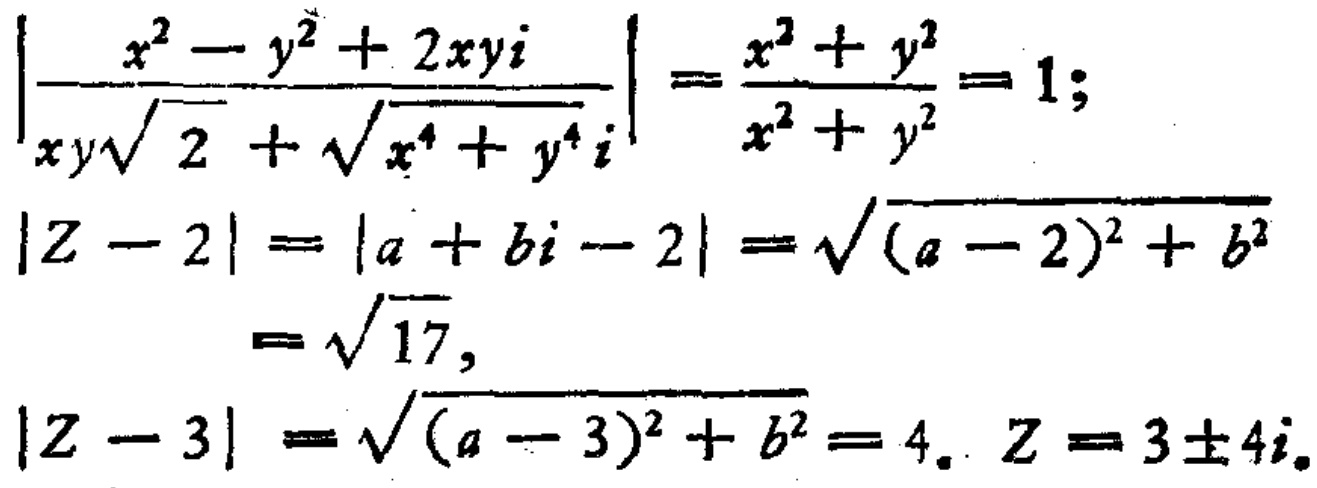
\[

\begin{align*}

\left|\frac{x^{2}-y^{2}+2xyi}{xy\sqrt{2}+\sqrt{x^{4}+y^{4}}i}\right|&=\frac{x^{2}+y^{2}}{x^{2}+y^{2}} = 1;\\

|Z - 2|&=|a + bi - 2|=\sqrt{(a - 2)^{2}+b^{2}}\\

&=\sqrt{17},\\

|Z - 3|&=\sqrt{(a - 3)^{2}+b^{2}} = 4.\ Z=3\pm4i.

\end{align*}

\]